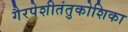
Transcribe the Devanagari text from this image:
गैरपेशीतंतुकोशिका